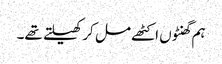
ہم گھنٹوں اکٹھے مل کر کھیلتے تھے۔